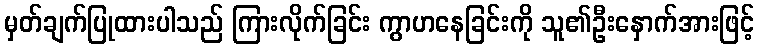
မှတ်ချက်ပြုထားပါသည် ကြားလိုက်ခြင်း ကွာဟနေခြင်းကို သူ၏ဦးနှောက်အားဖြင့်